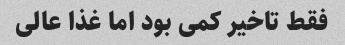
فقط تاخیر کمی بود اما غذا عالی